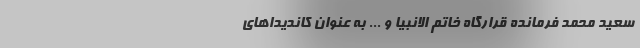
سعید محمد فرمانده قرارگاه خاتم الانبیا و ... به عنوان کاندیداهای